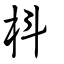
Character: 枓